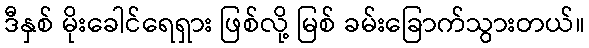
ဒီနှစ် မိုးခေါင်ရေရှား ဖြစ်လို့ မြစ် ခမ်းခြောက်သွားတယ်။